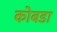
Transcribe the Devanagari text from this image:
कोबडा